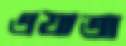
এযাত্রা